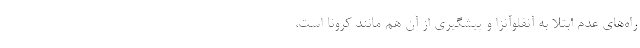
راه‌های عدم ابتلا به آنفلوآنزا و پیشگیری از آن هم مانند کرونا است،